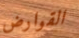
القوارض